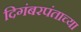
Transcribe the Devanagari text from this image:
दिगंबरपंताच्या